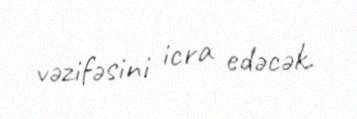
vəzifəsini icra edəcək.